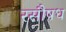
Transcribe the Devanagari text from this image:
रसौषध